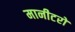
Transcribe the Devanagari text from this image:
मानीटरों